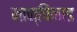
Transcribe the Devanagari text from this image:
नान्चिनाड